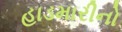
હાડમારીનો